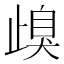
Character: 㱗